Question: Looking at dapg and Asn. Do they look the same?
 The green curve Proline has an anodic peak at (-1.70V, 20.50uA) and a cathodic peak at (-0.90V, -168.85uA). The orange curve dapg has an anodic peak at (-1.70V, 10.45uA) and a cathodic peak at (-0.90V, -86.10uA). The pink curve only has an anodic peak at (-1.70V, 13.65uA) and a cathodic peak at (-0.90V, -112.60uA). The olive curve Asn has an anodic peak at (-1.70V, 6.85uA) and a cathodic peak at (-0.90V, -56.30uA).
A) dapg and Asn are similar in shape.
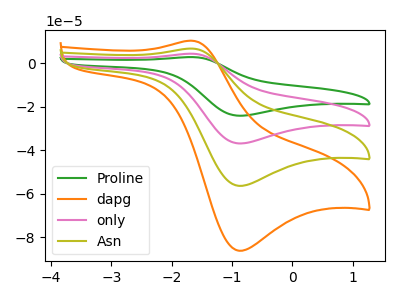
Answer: <think>All the peaks in "dapg" have a peak in "Asn" at the same potential. Every peak in "dapg" is higher than every peak in "Asn".
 </think>
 <answer>A) "dapg" and "Asn" are similar in shape.</answer>
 <eval>A</eval>